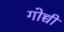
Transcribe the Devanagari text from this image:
गोच्ची